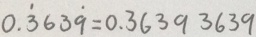
0 . \dot { 3 } 6 3 \dot { 9 } = 0 . 3 6 3 9 3 6 3 9